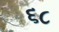
૬૮